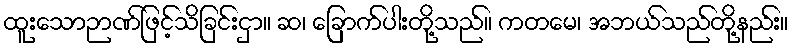
ထူးသောဉာဏ်ဖြင့်သိခြင်းငှာ။ ဆ၊ ခြောက်ပါးတို့သည်။ ကတမေ၊ အဘယ်သည်တို့နည်း။